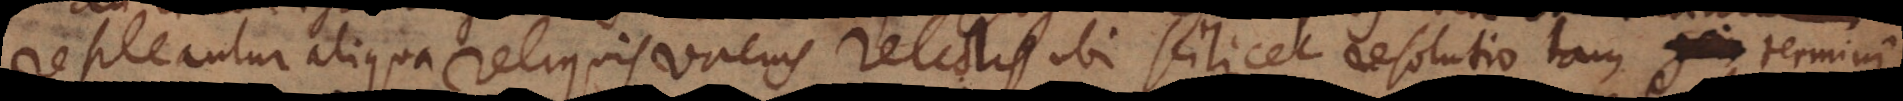
repleantur aliqua reliquis vacuis relictis, ubi scilicet resolutio tam – termini